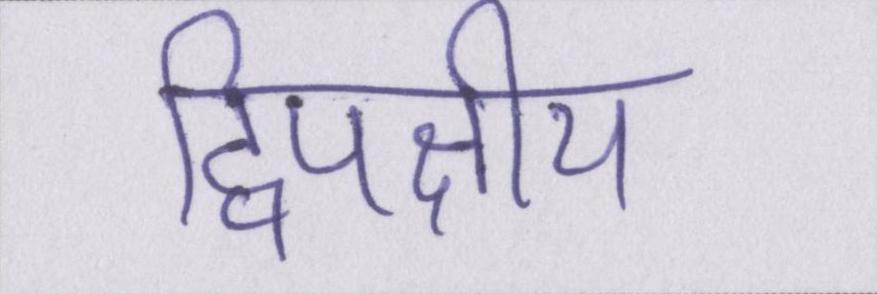
द्विपक्षीय